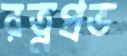
রত্নপ্রভ